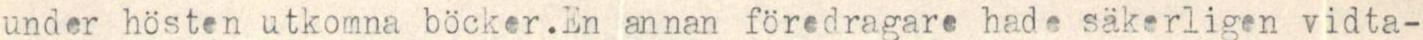
under hösten utkomna böcker. En annan föredragare hade säkerligen vidta-